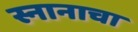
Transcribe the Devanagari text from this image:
स्नानाचा